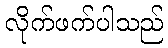
လိုက်ဖက်ပါသည်